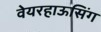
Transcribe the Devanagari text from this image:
वेयरहाऊसिंग